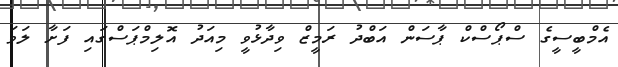
އެމްބީސީގެ ސްޕޯސްކް ޕާސަން އަބްދު ރަމީޒް ވިދާޅުވީ މިއަދު އޮލިމްޕަސްގައި ފަށާ ލަވަ